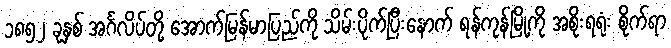
၁၈၅၂ ခုနှစ် အင်္ဂလိပ်တို့ အောက်မြန်မာပြည်ကို သိမ်းပိုက်ပြီးနောက် ရန်ကုန်မြို့ကို အစိုးရရုံး စိုက်ရာ